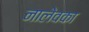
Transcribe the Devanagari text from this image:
नालेवका